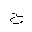
Letter: _ha